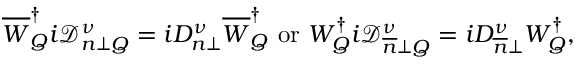
\overline { { { W } } } _ { Q } ^ { \dagger } i \mathcal { D } _ { n \perp Q } ^ { \nu } = i D _ { n \perp } ^ { \nu } \overline { { { W } } } _ { Q } ^ { \dagger } \ \mathrm { o r } \ W _ { Q } ^ { \dagger } i \mathcal { D } _ { \overline { { { n } } } \perp Q } ^ { \nu } = i D _ { \overline { { { n } } } \perp } ^ { \nu } W _ { Q } ^ { \dagger } ,